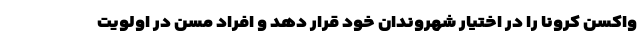
واکسن کرونا را در اختیار شهروندان خود قرار دهد و افراد مسن در اولویت